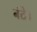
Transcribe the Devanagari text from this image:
बंटे।